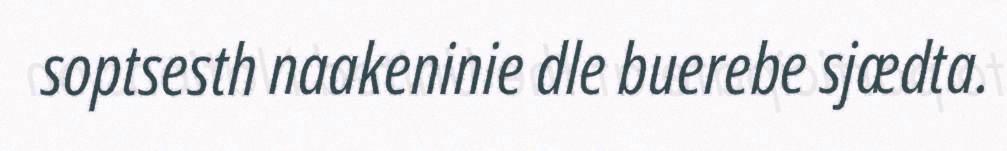
soptsesth naakeninie dle buerebe sjædta.